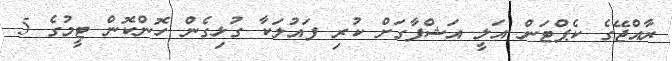
ރާއްޖޭގެ ކެޕްޓަން އަލީ އަޝްފާގަށް ކުރި ފައުލަކާ ގުޅިގެން ހޮންކޮން ޓީމުގެ 5